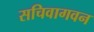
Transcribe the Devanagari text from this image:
सचिवागवन